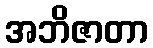
အဘိဇာတာ